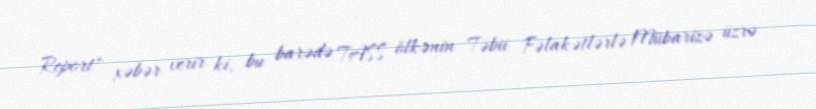
Report" xəbər verir ki, bu barədə TASS ölkənin Təbii Fəlakətlərlə Mübarizə üzrə